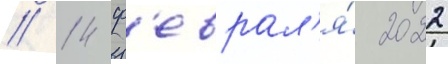
// 14 ф'еврал'я́ 2022